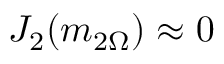
J _ { 2 } ( m _ { 2 \Omega } ) \approx 0